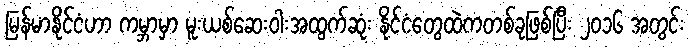
မြန်မာနိုင်ငံဟာ ကမ္ဘာမှာ မူးယစ်ဆေးဝါးအထွက်ဆုံး နိုင်ငံတွေထဲကတစ်ခုဖြစ်ပြီး ၂၀၁၆ အတွင်း